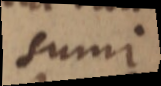
sumi